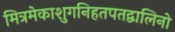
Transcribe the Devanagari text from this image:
मित्रमेकाशुगनिहतपतद्वालिनो